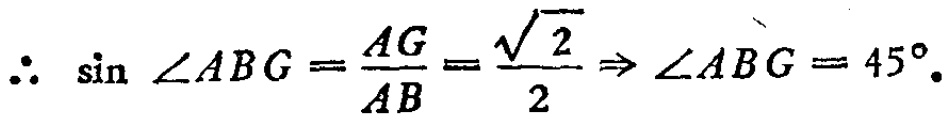
\(\therefore \sin \angle ABG=\frac{AG}{AB}=\frac{\sqrt{2}}{2}\Rightarrow \angle ABG = 45^{\circ}.\)